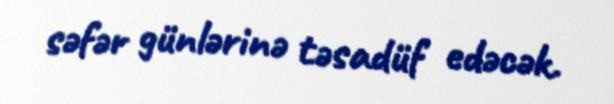
səfər günlərinə təsadüf edəcək.